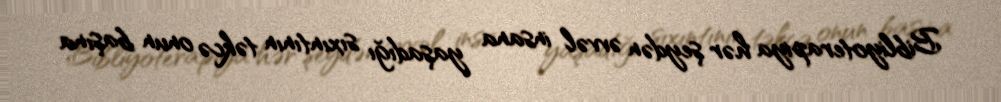
Bibliyoterapiya hər şeydən əvvəl insana yaşadığı sıxıntının təkcə onun başına